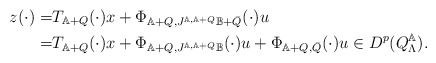
\begin{align*} z(\cdot)=&T_{\mathbb{A}+Q}(\cdot)x+\Phi_{\mathbb{A}+Q,J^{\mathbb{A},\mathbb{A}+Q}\mathbb{B}+\bar{Q}}(\cdot)u\\=&T_{\mathbb{A}+Q}(\cdot)x+\Phi_{\mathbb{A}+Q,J^{\mathbb{A},\mathbb{A}+Q}\mathbb{B}}(\cdot)u+\Phi_{\mathbb{A}+Q,\bar{Q}}(\cdot)u\in D^p(Q^\mathbb{A}_\Lambda).\end{align*}